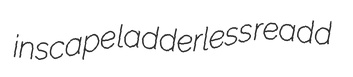
inscape ladderless readd